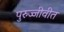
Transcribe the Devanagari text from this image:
पुरुज्जीवीत